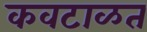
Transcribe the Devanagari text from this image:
कवटाळत